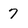
Character: 7